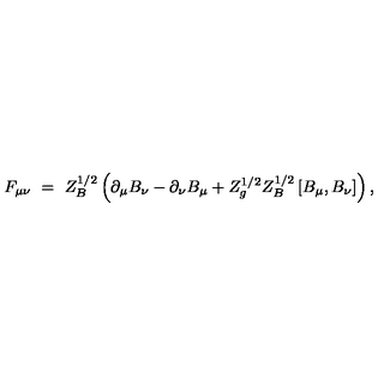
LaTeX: F _ { \mu \nu } \ = \ Z _ { B } ^ { 1 / 2 } \left( \partial _ { \mu } B _ { \nu } - \partial _ { \nu } B _ { \mu } + Z _ { g } ^ { 1 / 2 } Z _ { B } ^ { 1 / 2 } \left[ B _ { \mu } , B _ { \nu } \right] \right) ,